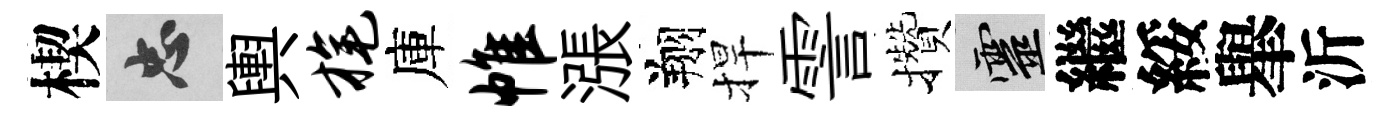
楔忠輿旄庫帷漲翔捍霅攢靈繼綏𦦙沂